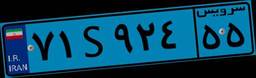
۷۵S۷۹۵۲۲